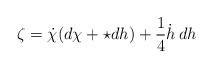
\begin{align*}\zeta=\dot{\chi}(d\chi + \star dh)+\frac{1}{4}\dot{h}\,dh\end{align*}